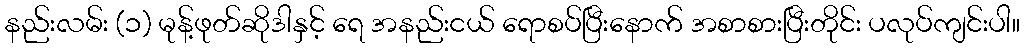
နည်းလမ်း (၁) မုန့်ဖုတ်ဆိုဒါနှင့် ရေ အနည်းငယ် ရောစပ်ပြီးနောက် အစာစားပြီးတိုင်း ပလုပ်ကျင်းပါ။